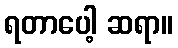
ရတာပေါ့ ဆရာ။